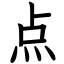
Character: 点